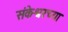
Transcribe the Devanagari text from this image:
संकेश्वरच्या